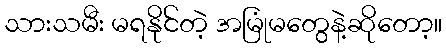
သားသမီး မရနိုင်တဲ့ အမြုံမတွေနဲ့ဆိုတော့။